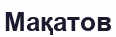
Мақатов